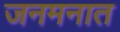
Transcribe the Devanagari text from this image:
जनमनात